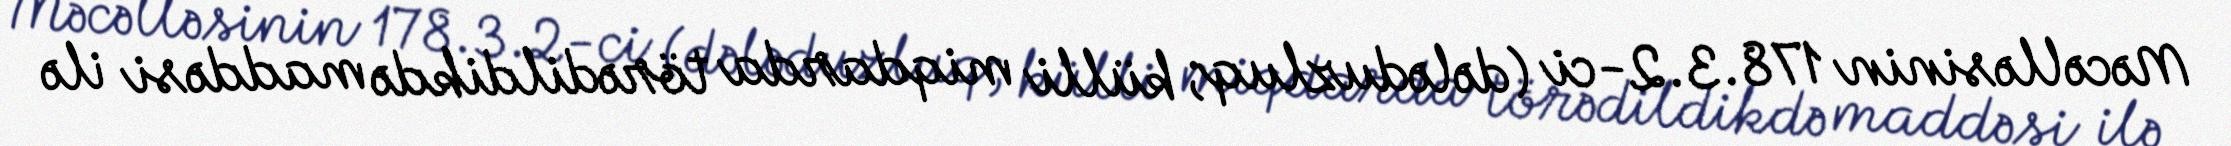
Məcəlləsinin 178.3.2-ci (dələduzluq; külli miqdarda törədildikdə maddəsi ilə